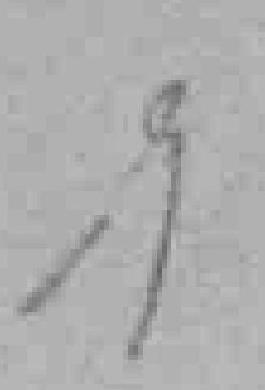
19